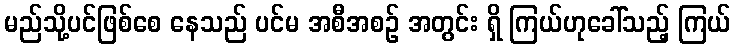
မည်သို့ပင်ဖြစ်စေ နေသည် ပင်မ အစီအစဉ် အတွင်း ရှိ ကြယ်ဟုခေါ်သည့် ကြယ်